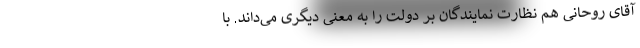
آقای روحانی هم نظارت نمایندگان بر دولت را به معنی دیگری می‌داند. با